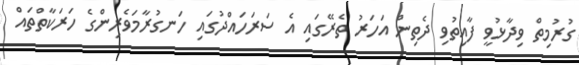
ގުރުމިތް ވިދާޅުވީ ފާއިތުވި ދެތިން އަހަރު ތެރޭގައި އެ ސަރަހައްދުގައި ހަނގުރާމަވެރިންގެ ހަރަކާތްތައް